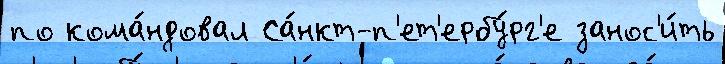
по кома́ндовал Са́нкт-п'ет'ербу́рг'е занос'и́ть